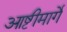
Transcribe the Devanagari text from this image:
आष्टीमार्गे